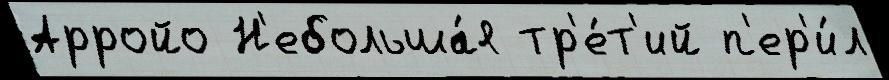
Арройо Н'ебольша́я тр'е́т'ий п'ер'и́л